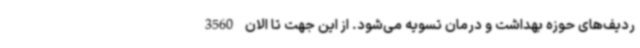
ردیف‌های حوزه بهداشت و درمان تسویه می‌شود. از این جهت تا الان 3560